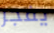
يفجر